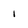
Character: i